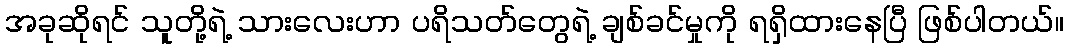
အခုဆိုရင် သူတို့ရဲ့ သားလေးဟာ ပရိသတ်တွေရဲ့ ချစ်ခင်မှုကို ရရှိထားနေပြီ ဖြစ်ပါတယ်။